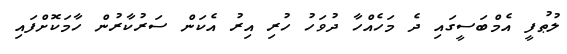
ލުޠުފީ އެމްބަސީގައި ދެ މަހެއްހާ ދުވަހު ހުރި އިރު އެކަން ސަރުކާރުން ހާމަކޮށްފައި